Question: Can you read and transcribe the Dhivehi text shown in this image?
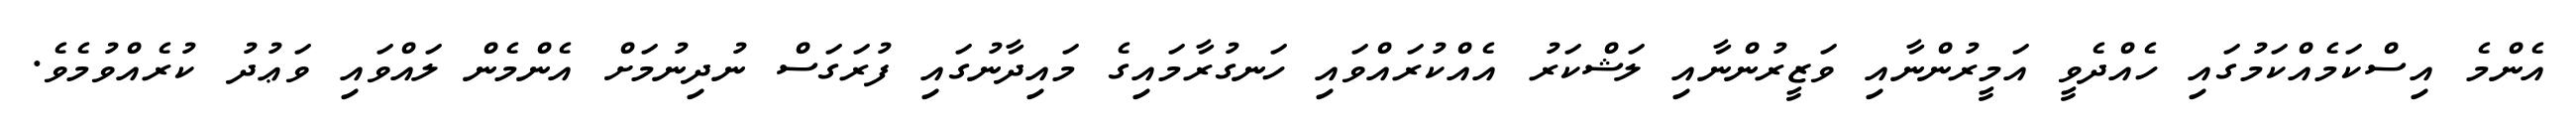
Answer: އެންމެ އިސްކަމެއްކަމުގައި ހެއްދެވީ އަމީރުންނާއި ވަޒީރުންނާއި ލަޝްކަރު އެއްކުރައްވައި ހަނގުރާމައިގެ މައިދާނުގައި ފުރަގަސް ނުދިނުމަށް އެންމެން ލައްވައި ވަޢުދު ކުރެއްވުމެވެ.